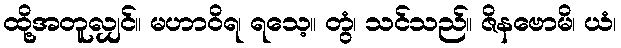
ထို့အတူလျှင်။ မဟာဝိရ၊ ရသေ့။ တွံ၊ သင်သည်။ ဇိနဗောမိ၊ ယံ၊